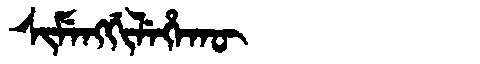
Manchu: ᠰᡳᠮᡝᠩᡤᡳᠯᡝᡥᠠᡴᡡ
Romanization: SIMENGGILEHAKŪ